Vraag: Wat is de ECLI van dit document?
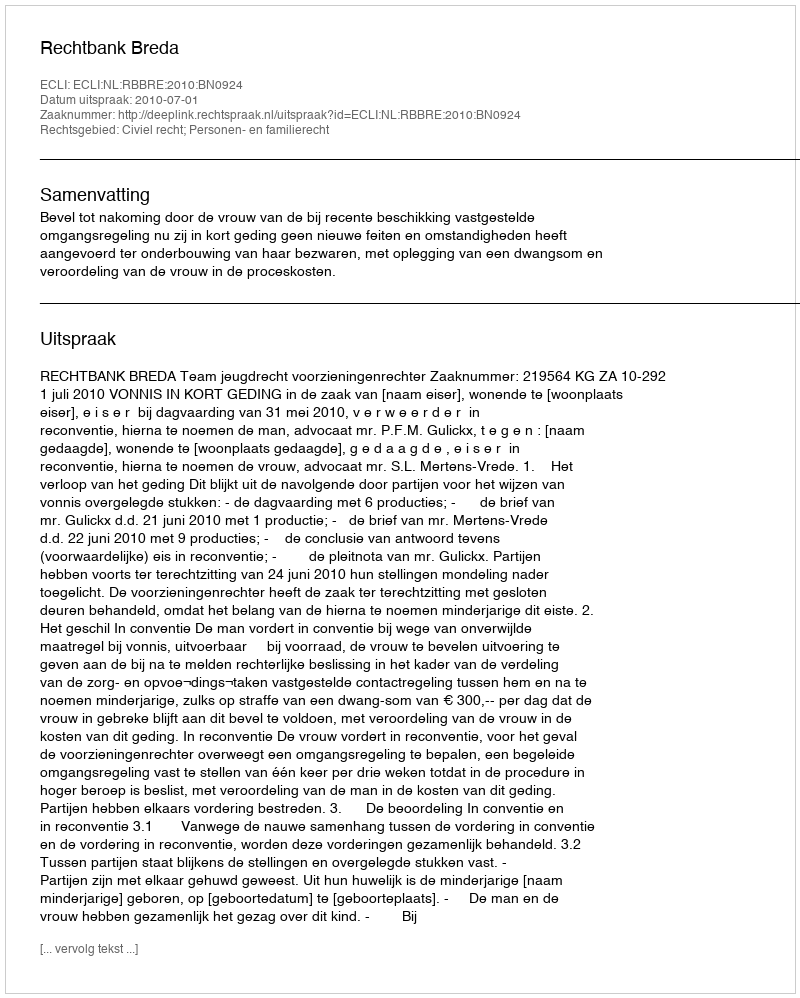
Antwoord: ECLI:NL:RBBRE:2010:BN0924